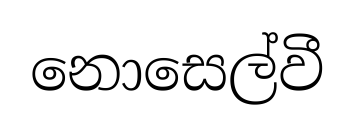
නොසෙල්වී